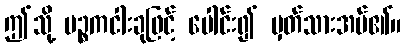
ဤသို့ ပဉ္စကငါးခုဖြင့် ပေါင်း၍ မှတ်သားအပ်၏။